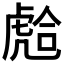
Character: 𧇎